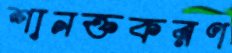
শানক্তকরণ